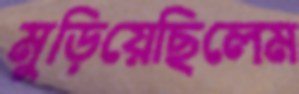
মুড়িয়েছিলেম